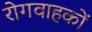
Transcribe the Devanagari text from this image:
रोगवाहकों